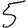
Digit: 5